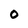
Character: O